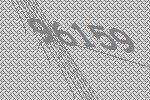
96159